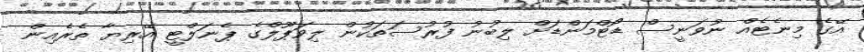
އޭގެ މިނެޓެއް ނުވަނީސް ޑޯޓްމަންޑަށް ލިބުނު ފުރުސަތަކުން ލިވަޕޫލްގެ ޕެނަލްޓީ އޭރިޔާ ތެރެއިން